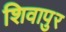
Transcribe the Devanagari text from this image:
शिवापुर